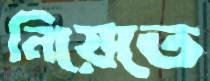
নিয়েতে